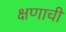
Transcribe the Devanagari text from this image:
क्षणाची